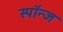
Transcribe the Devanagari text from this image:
स्पॉन्ज